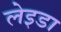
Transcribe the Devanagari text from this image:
लेइडा